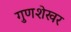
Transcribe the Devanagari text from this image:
गुणशेखर